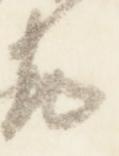
違